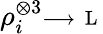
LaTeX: \rho_{i}^{\otimes 3}\substack{\longrightarrow\, \mathrm{~L~}}